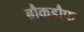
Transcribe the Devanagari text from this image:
ब्रौकडौफ